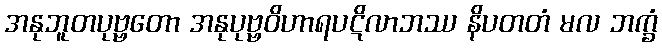
အနုဘူတပုဗ္ဗတော အနုပုဗ္ဗဝိဟာရပဋိလာဘဿ နိပတတံ မလ ဘက္ခံ